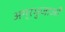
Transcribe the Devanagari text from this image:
अग्रभुजाओं